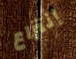
إنتزاع